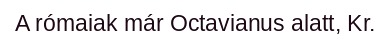
A rómaiak már Octavianus alatt, Kr.